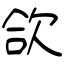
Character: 欱